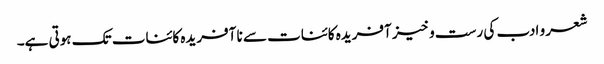
شعر و ادب کی رست و خیز آفریدہ کائنات سے نا آفریدہ کائنات تک ہوتی ہے۔